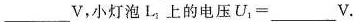
___v，小灯泡L_{1}上的电压U _ { 1 } = ___V.